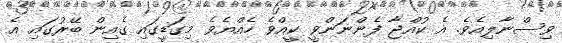
ވިސްނާލިއެވެ. އެ ކުއްޖާ ފެންނަންވީ ކީއްވެ ހެއްޔެވެ މިގަޑީގައި ގެއިން ބޭރުގައި އެ